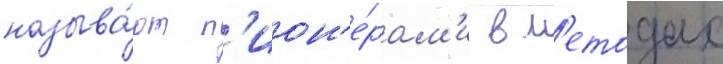
называ́ют п'ион'е́рам'и в м'етодах